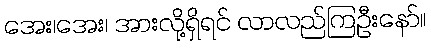
အေး၊အေး၊ အားလို့ရှိရင် လာလည်ကြဦးနော်။